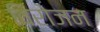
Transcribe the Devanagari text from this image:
विरोजन